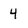
Character: 4